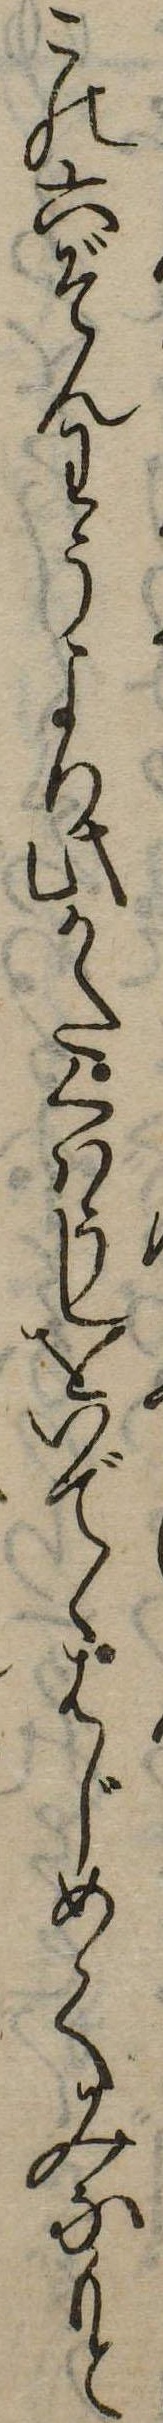
この六ぞんわうより此かたくはうしをいでゝはじめてみなもと